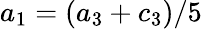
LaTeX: a_{1}=(a_{3}+c_{3})/5